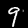
Digit: 9